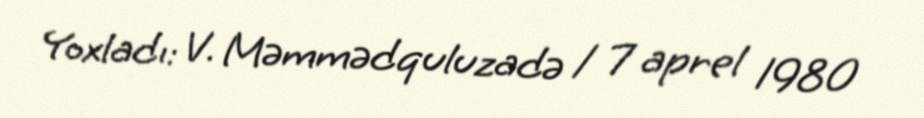
Yoxladı: V. Məmmədquluzadə / 7 aprel 1980